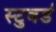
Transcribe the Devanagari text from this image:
स्टुवर्ड